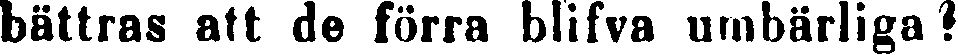
bättras att de förra blifva umbärliga?